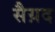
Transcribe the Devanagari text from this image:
सैय़द